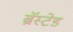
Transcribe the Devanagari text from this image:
ब्रॅस्टेड